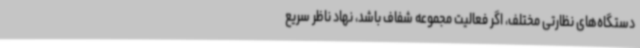
دستگاه‌های نظارتی مختلف، اگر فعالیت مجموعه شفاف باشد، نهاد ناظر سریع